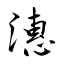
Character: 潓